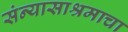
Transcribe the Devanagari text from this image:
संन्यासाश्रमाचा